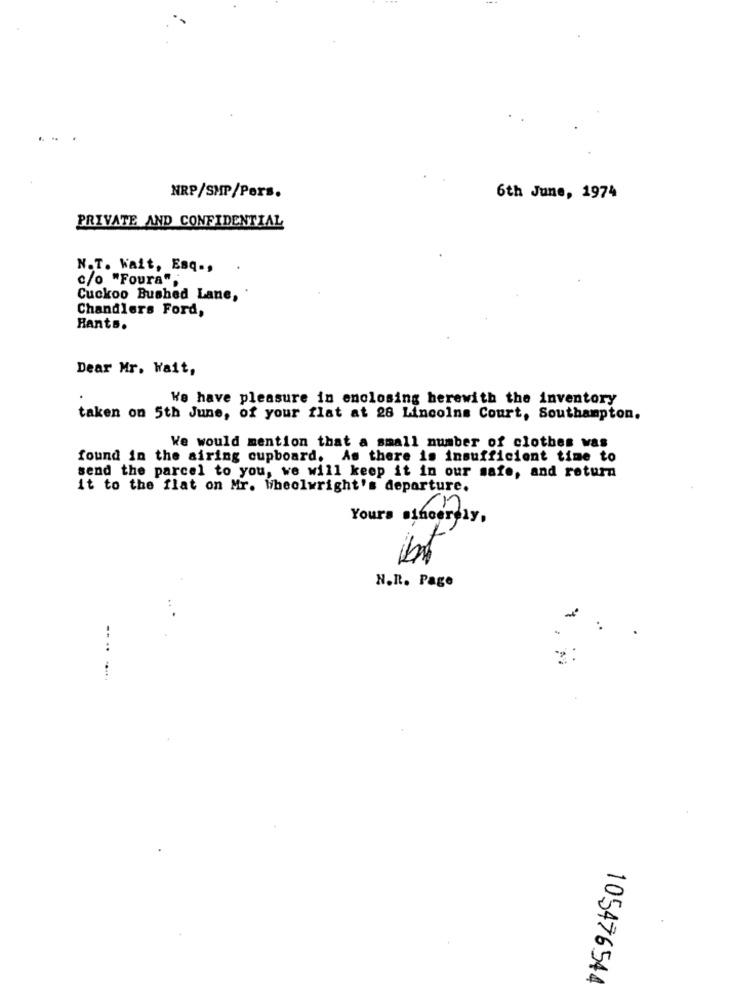
NRP/SHP/Pers.
6th June, 1974
PRIVATE AND CONFIDENTIAL
N.T. Wait, Esq .,
c/o "Foura"
Cuckoo Bushed Lane,
Chandlers Ford,
Hants.
Dear Mr. Wait,
We have pleasure in enclosing herewith the inventory
taken on 5th June, of your flat at 28 Lincolns Court, Southampton.
We would mention that a small number of clothes was
found in the airing cupboard. As there is insufficient time to
send the parcel to you, we will keep it in our safe, and return
it to the flat on Mr. Wibeolwright's departure.
n.
Yours sincerely,
N.R. Page
--- -
105476544